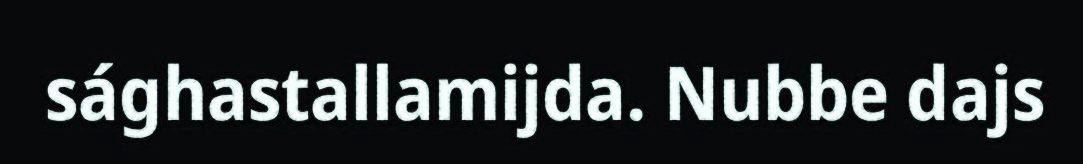
sághastallamijda. Nubbe dajs